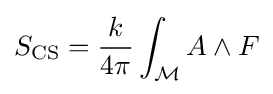
S_{\text{CS}}={\frac {k}{4\pi }}\int _{\mathcal {M}}A\wedge F